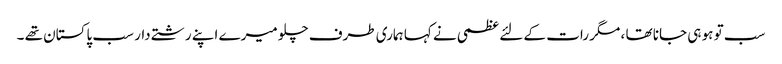
سب تو ہو ہی جانا تھا ، مگر رات کے لئے عظمی نے کہا ہماری طرف چلو میرے اپنے رشتے دار سب پاکستان تھے ۔